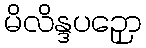
မိလိန္ဒပဉှော